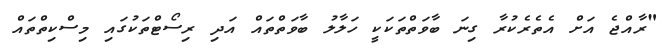
"ރާއްޖެ އަށް އެތެރެކުރާ ގިނަ ބާވަތްތަކަކީ ހަލާލު ބާވަތްތައް އަދި ރިސޯޓްތަކުގައި މިސްކިތްތައް